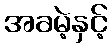
အခမဲ့နှင့်